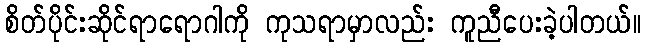
စိတ်ပိုင်းဆိုင်ရာရောဂါကို ကုသရာမှာလည်း ကူညီပေးခဲ့ပါတယ်။